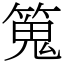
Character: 䈭